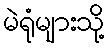
မဲရုံများသို့